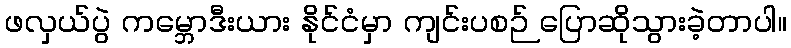
ဖလှယ်ပွဲ ကမ္ဘောဒီးယား နိုင်ငံမှာ ကျင်းပစဉ် ပြောဆိုသွားခဲ့တာပါ။